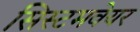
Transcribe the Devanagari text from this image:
सिस्टमवेयर